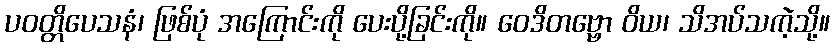
ပဝတ္တိပေသနံ၊ ဖြစ်ပုံ အကြောင်းကို ပေးပို့ခြင်းကို။ ဝေဒိတဗ္ဗော ဝိယ၊ သိအပ်သကဲ့သို့။